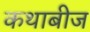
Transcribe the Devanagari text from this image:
कथाबीज